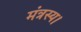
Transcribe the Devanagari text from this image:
मंत्रस्य।